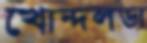
খোন্দলডা